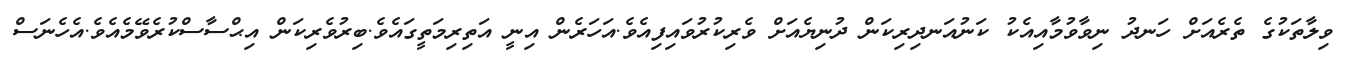
ވިލާތަކުގެ ތެރެއަށް ހަނދު ނިވާވުމާއިއެކު ކަނުއަނދިރިކަން ދުނިޔެއަށް ވެރިކުރުވައިފިއެވެ.އަހަރެން އިނީ އަތިރިމަތީގައެވެ.ބިރުވެރިކަން އިޙްސާސްކުރެވޭމެއެވެ.އެހެނަސް